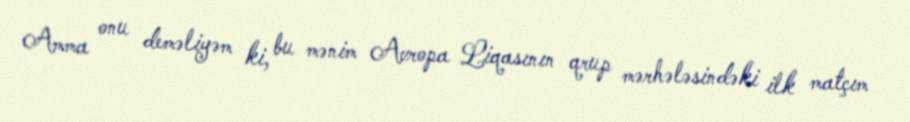
Amma onu deməliyəm ki, bu mənim Avropa Liqasının qrup mərhələsindəki ilk matçım